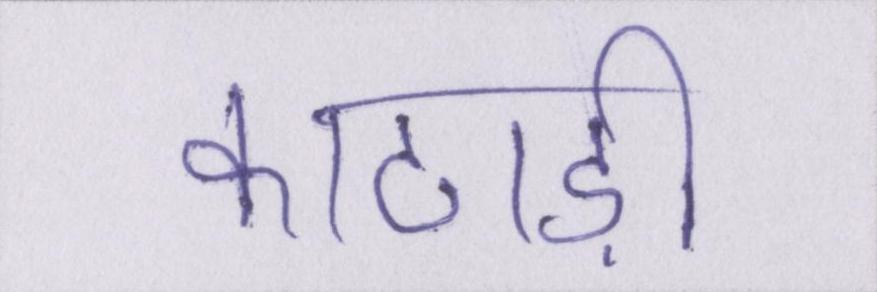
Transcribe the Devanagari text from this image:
काठाड़ी